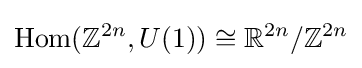
{\text{Hom}}(\mathbb {Z} ^{2n},U(1))\cong \mathbb {R} ^{2n}/\mathbb {Z} ^{2n}